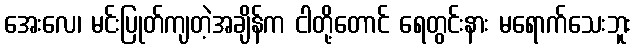
အေးလေ၊ မင်းပြုတ်ကျတဲ့အချိန်က ငါတို့တောင် ရေတွင်းနား မရောက်သေးဘူး